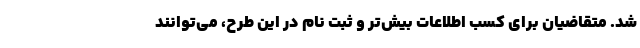
شد. متقاضیان برای کسب اطلاعات بیش‌تر و ثبت نام در این طرح، می‌توانند